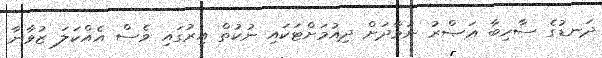
ދަނޑުގެ ސާހިބާ ޢަޞްރު ނަމާދަށް ދިއުމަށްޓަކައި ނުކުތް އިރުގައި ވެސް އެއްކަލަ ޒުވާނާ